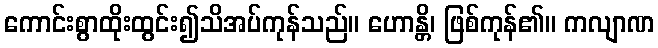
ကောင်းစွာထိုးထွင်း၍သိအပ်ကုန်သည်။ ဟောန္တိ၊ ဖြစ်ကုန်၏။ ကလျာဏ